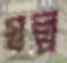
স্বল্প